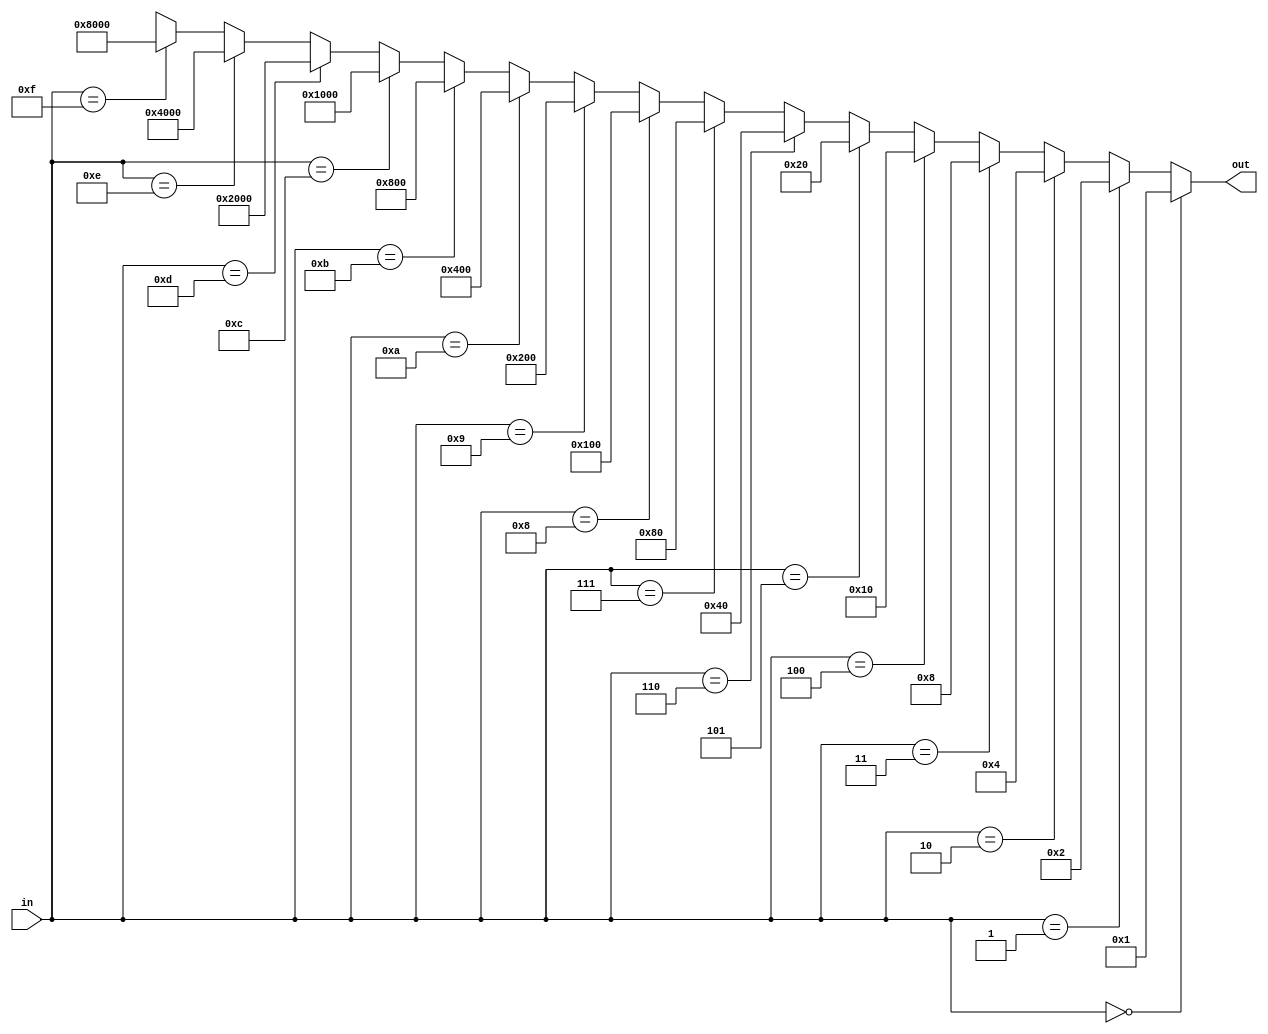
module four_sixteen_decoder (output [15:0] out, input [3:0] in);

   parameter temp = 16'b0000000000000001;

assign out = (in == 4'b0000) ? temp   :
             (in == 4'b0001) ? temp<<1:
             (in == 4'b0010) ? temp<<2:
             (in == 4'b0011) ? temp<<3:
             (in == 4'b0100) ? temp<<4:
             (in == 4'b0101) ? temp<<5:
             (in == 4'b0110) ? temp<<6:
             (in == 4'b0111) ? temp<<7:
             (in == 4'b1000) ? temp<<8:
             (in == 4'b1001) ? temp<<9:
             (in == 4'b1010) ? temp<<10:
             (in == 4'b1011) ? temp<<11:
             (in == 4'b1100) ? temp<<12:
             (in == 4'b1101) ? temp<<13:
             (in == 4'b1110) ? temp<<14:
             (in == 4'b1111) ? temp<<15: 
				  16'bxxxxxxxxxxxxxxxx;

endmodule